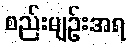
စည်းမျဉ်းအရ